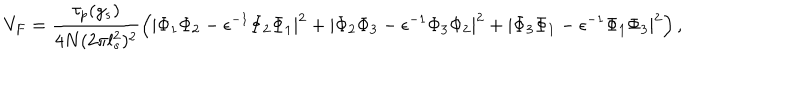
V _ { F } = \frac { \tau _ { p } ( g _ { s } ) } { 4 N ( 2 \pi l _ { s } ^ { 2 } ) ^ { 2 } } \left( | \Phi _ { 1 } \Phi _ { 2 } - \epsilon ^ { - 1 } \Phi _ { 2 } \Phi _ { 1 } | ^ { 2 } + | \Phi _ { 2 } \Phi _ { 3 } - \epsilon ^ { - 1 } \Phi _ { 3 } \Phi _ { 2 } | ^ { 2 } + | \Phi _ { 3 } \Phi _ { 1 } - \epsilon ^ { - 1 } \Phi _ { 1 } \Phi _ { 3 } | ^ { 2 } \right) ,